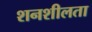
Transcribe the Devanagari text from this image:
शनशीलता